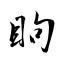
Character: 眗